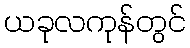
ယခုလကုန်တွင်